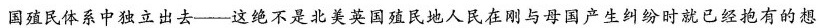
国殖民体系中独立出去--这绝不是北美英国殖民地人民在刚与母国产生纠纷时就已经抱有的想